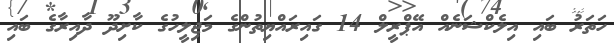
ހަތަރު ބައި އިލެކްޝަނެއް އޭޕްރީލް 14 ގައިރައްޔިތުންގެ މަޖިލީހުގެ ކާށިދޫ ދާއިރާގެ ބައި